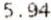
5.94